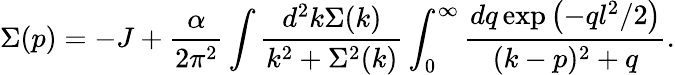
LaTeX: \Sigma(p)=-J+\frac{\alpha}{2\pi^{2}}\int\frac{d^{2}k\Sigma(k)}{k^{2}+\Sigma^{2}(k)}\int_{0}^{\infty}\frac{dq\exp\left(-ql^{2}/2\right)}{(k-p)^{2}+q}.